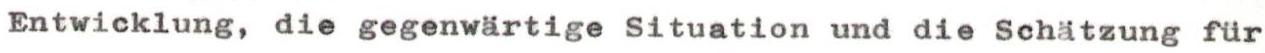
Entwicklung, die gegenwärtige Situation und die Schätzung für